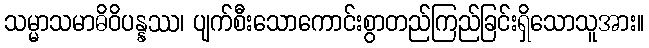
သမ္မာသမာဓိဝိပန္နဿ၊ ပျက်စီးသောကောင်းစွာတည်ကြည်ခြင်းရှိသောသူအား။